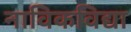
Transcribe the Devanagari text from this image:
नाविकविद्या